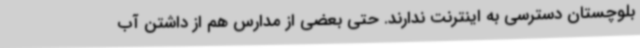
بلوچستان دسترسی به اینترنت ندارند. حتی بعضی از مدارس هم از داشتن آب